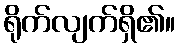
ရိုက်လျက်ရှိ၏။